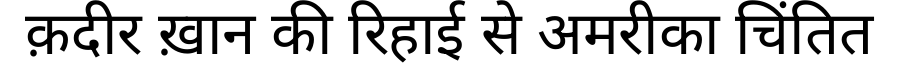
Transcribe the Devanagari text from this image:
क़दीर ख़ान की रिहाई से अमरीका चिंतित